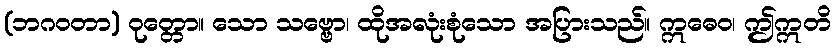
(ဘဂဝတာ) ဝုတ္တော။ သော သဗ္ဗော၊ ထိုအလုံးစုံသော အပြားသည်။ ဣဓေဝ၊ ဤဣတိ